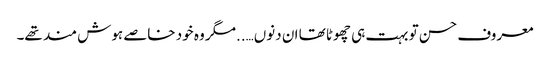
معروف حسن تو بہت ہی چھوٹا تھا ان دنوں…..مگر وہ خود خاصے ہوش مند تھے۔